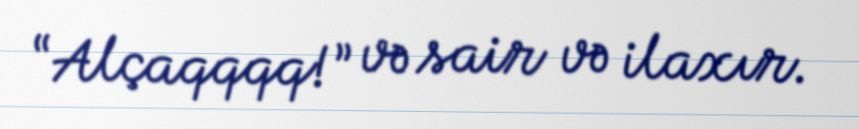
“Alçaqqqq!” və sair və ilaxır.